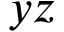
y z